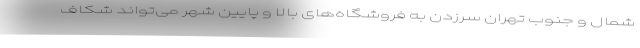
شمال و جنوب تهران سرزدن به فروشگاه‌های بالا و پایین شهر می‌تواند شکاف